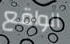
الواقع